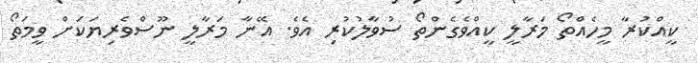
ކީއްކުރާ މީހެއްތޯ މަރާލީ ކީއްވެގެންތޯ ސުވާލުކުރި އެވެ. އޭނާ މަރާލީ ނޫސްވެރިޔަކަށް ވީމަތޯ